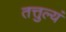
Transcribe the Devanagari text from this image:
तत्तुल्यं